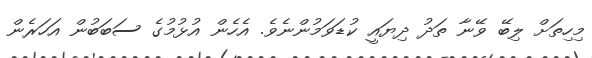
މިހިތަށް ލިބޭ ވޭނާ ތަދު ދިޔައީ ކުޑަވަމުންނެވެ. އެހެން އުޅުމުގެ ސަބަބުން އަހަރެން